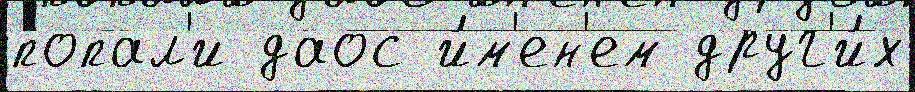
попал'и даос и́м'ен'ем друг'и́х